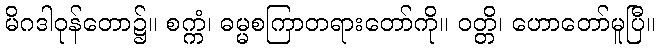
မိဂဒါဝုန်တော၌။ စက္ကံ၊ ဓမ္မစကြာတရားတော်ကို။ ဝတ္တိ၊ ဟောတော်မူပြီ။